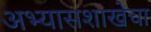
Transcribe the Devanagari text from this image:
अभ्यासशाखेचा